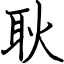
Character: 耿